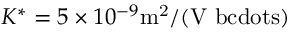
K ^ { * } = 5 \times 1 0 ^ { - 9 } \mathrm { m ^ { 2 } / ( V \ b c d o t s ) }